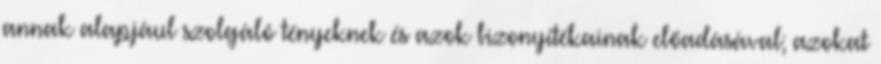
annak alapjául szolgáló tényeknek és azok bizonyítékainak előadásával; azokat